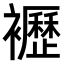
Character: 𧞿